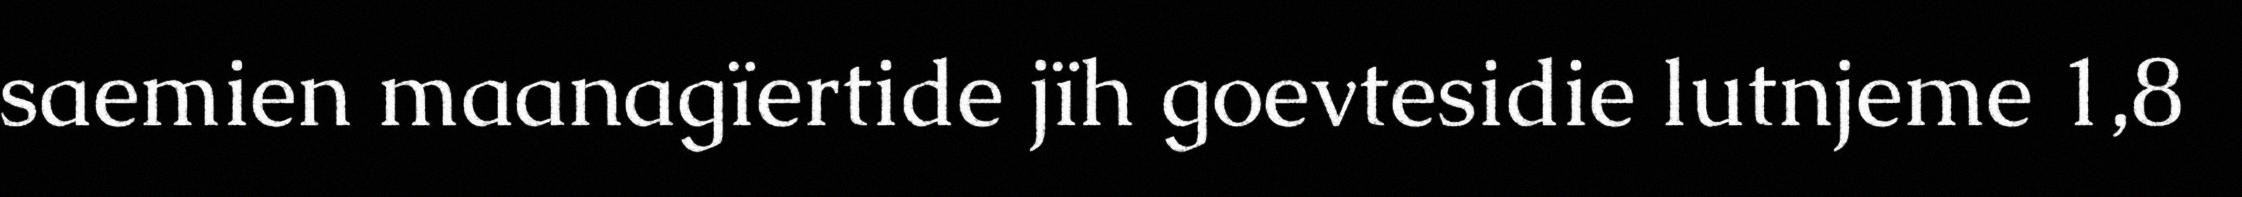
saemien maanagïertide jïh goevtesidie lutnjeme 1,8